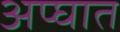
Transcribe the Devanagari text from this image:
अप्घात